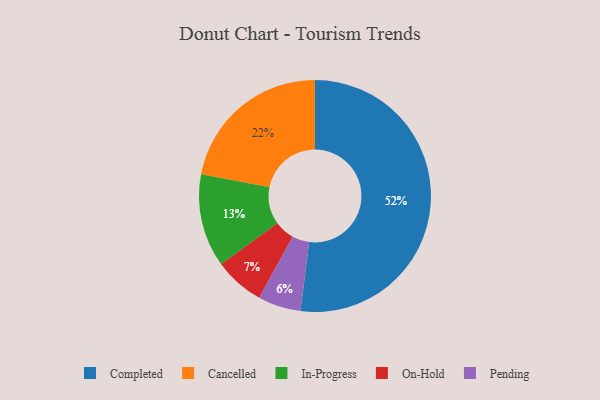
{"axis": {"x": "Category", "y": "Percentage"}, "legend": ["Cancelled", "Completed", "In-Progress", "On-Hold", "Pending"], "data": [{"x": "On-Hold", "y": 7, "type": "On-Hold"}, {"x": "In-Progress", "y": 13, "type": "In-Progress"}, {"x": "Completed", "y": 52, "type": "Completed"}, {"x": "Cancelled", "y": 22, "type": "Cancelled"}, {"x": "Pending", "y": 6, "type": "Pending"}]}